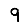
Digit: 9